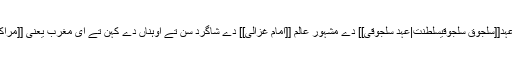
[[محمد ابن تومرت]] بہت وڈے عالم دین سنسی اوہ عہد[[سلجوق سلجوقیسلطنت|عہد سلجوقی]] دے مشہور عالم [[امام غزالی]] دے شاگرد سن تے اوہناں دے کہن تے ای مغرب یعنی [[مراکش|مراکش]] چ اپنی اصلاحی تحریک شروع کیتی ۔